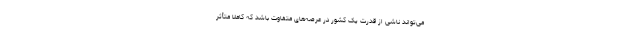
می‌تواند ناشی از قدرت یک کشور در عرصه‌های متفاوت باشد که کاملاً متأثر